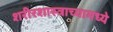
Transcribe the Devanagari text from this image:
शरीरशास्त्राच्यामध्ये